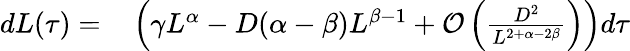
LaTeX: \begin{array}{rl}{dL(\tau)=}&{{}\left(\gamma L^{\alpha}-D(\alpha-\beta)L^{\beta-1}+\mathcal{O}\left(\frac{D^{2}}{L^{2+\alpha-2\beta}}\right)\right)d\tau}\end{array}